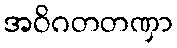
အဝိဂတတဏှာ